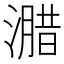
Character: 𭲢